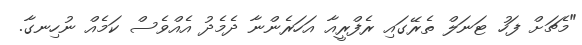
"މެޗަށް ފަހު ޓަނަލް ތެރޭގައި ރެފްރީއާ އަހަރެންނާ ދެމެދު އެއްވެސް ކަމެއް ނުހިނގާ.